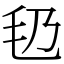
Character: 㲌